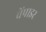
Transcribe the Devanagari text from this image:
वेंपाइर